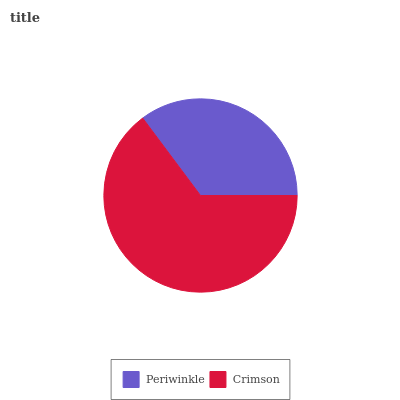
| Periwinkle | Crimson |
 | --- | --- |
 | 35.2% | 64.8% |